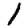
Digit: 1